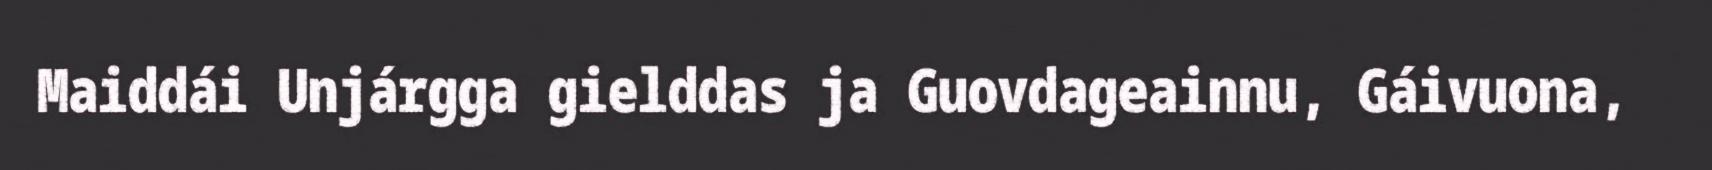
Maiddái Unjárgga gielddas ja Guovdageainnu, Gáivuona,